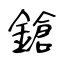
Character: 鎗